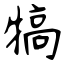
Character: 犒